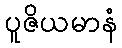
ပူဇိယမာနံ